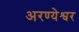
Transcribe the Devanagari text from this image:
अरण्येश्वर